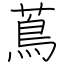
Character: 蔦